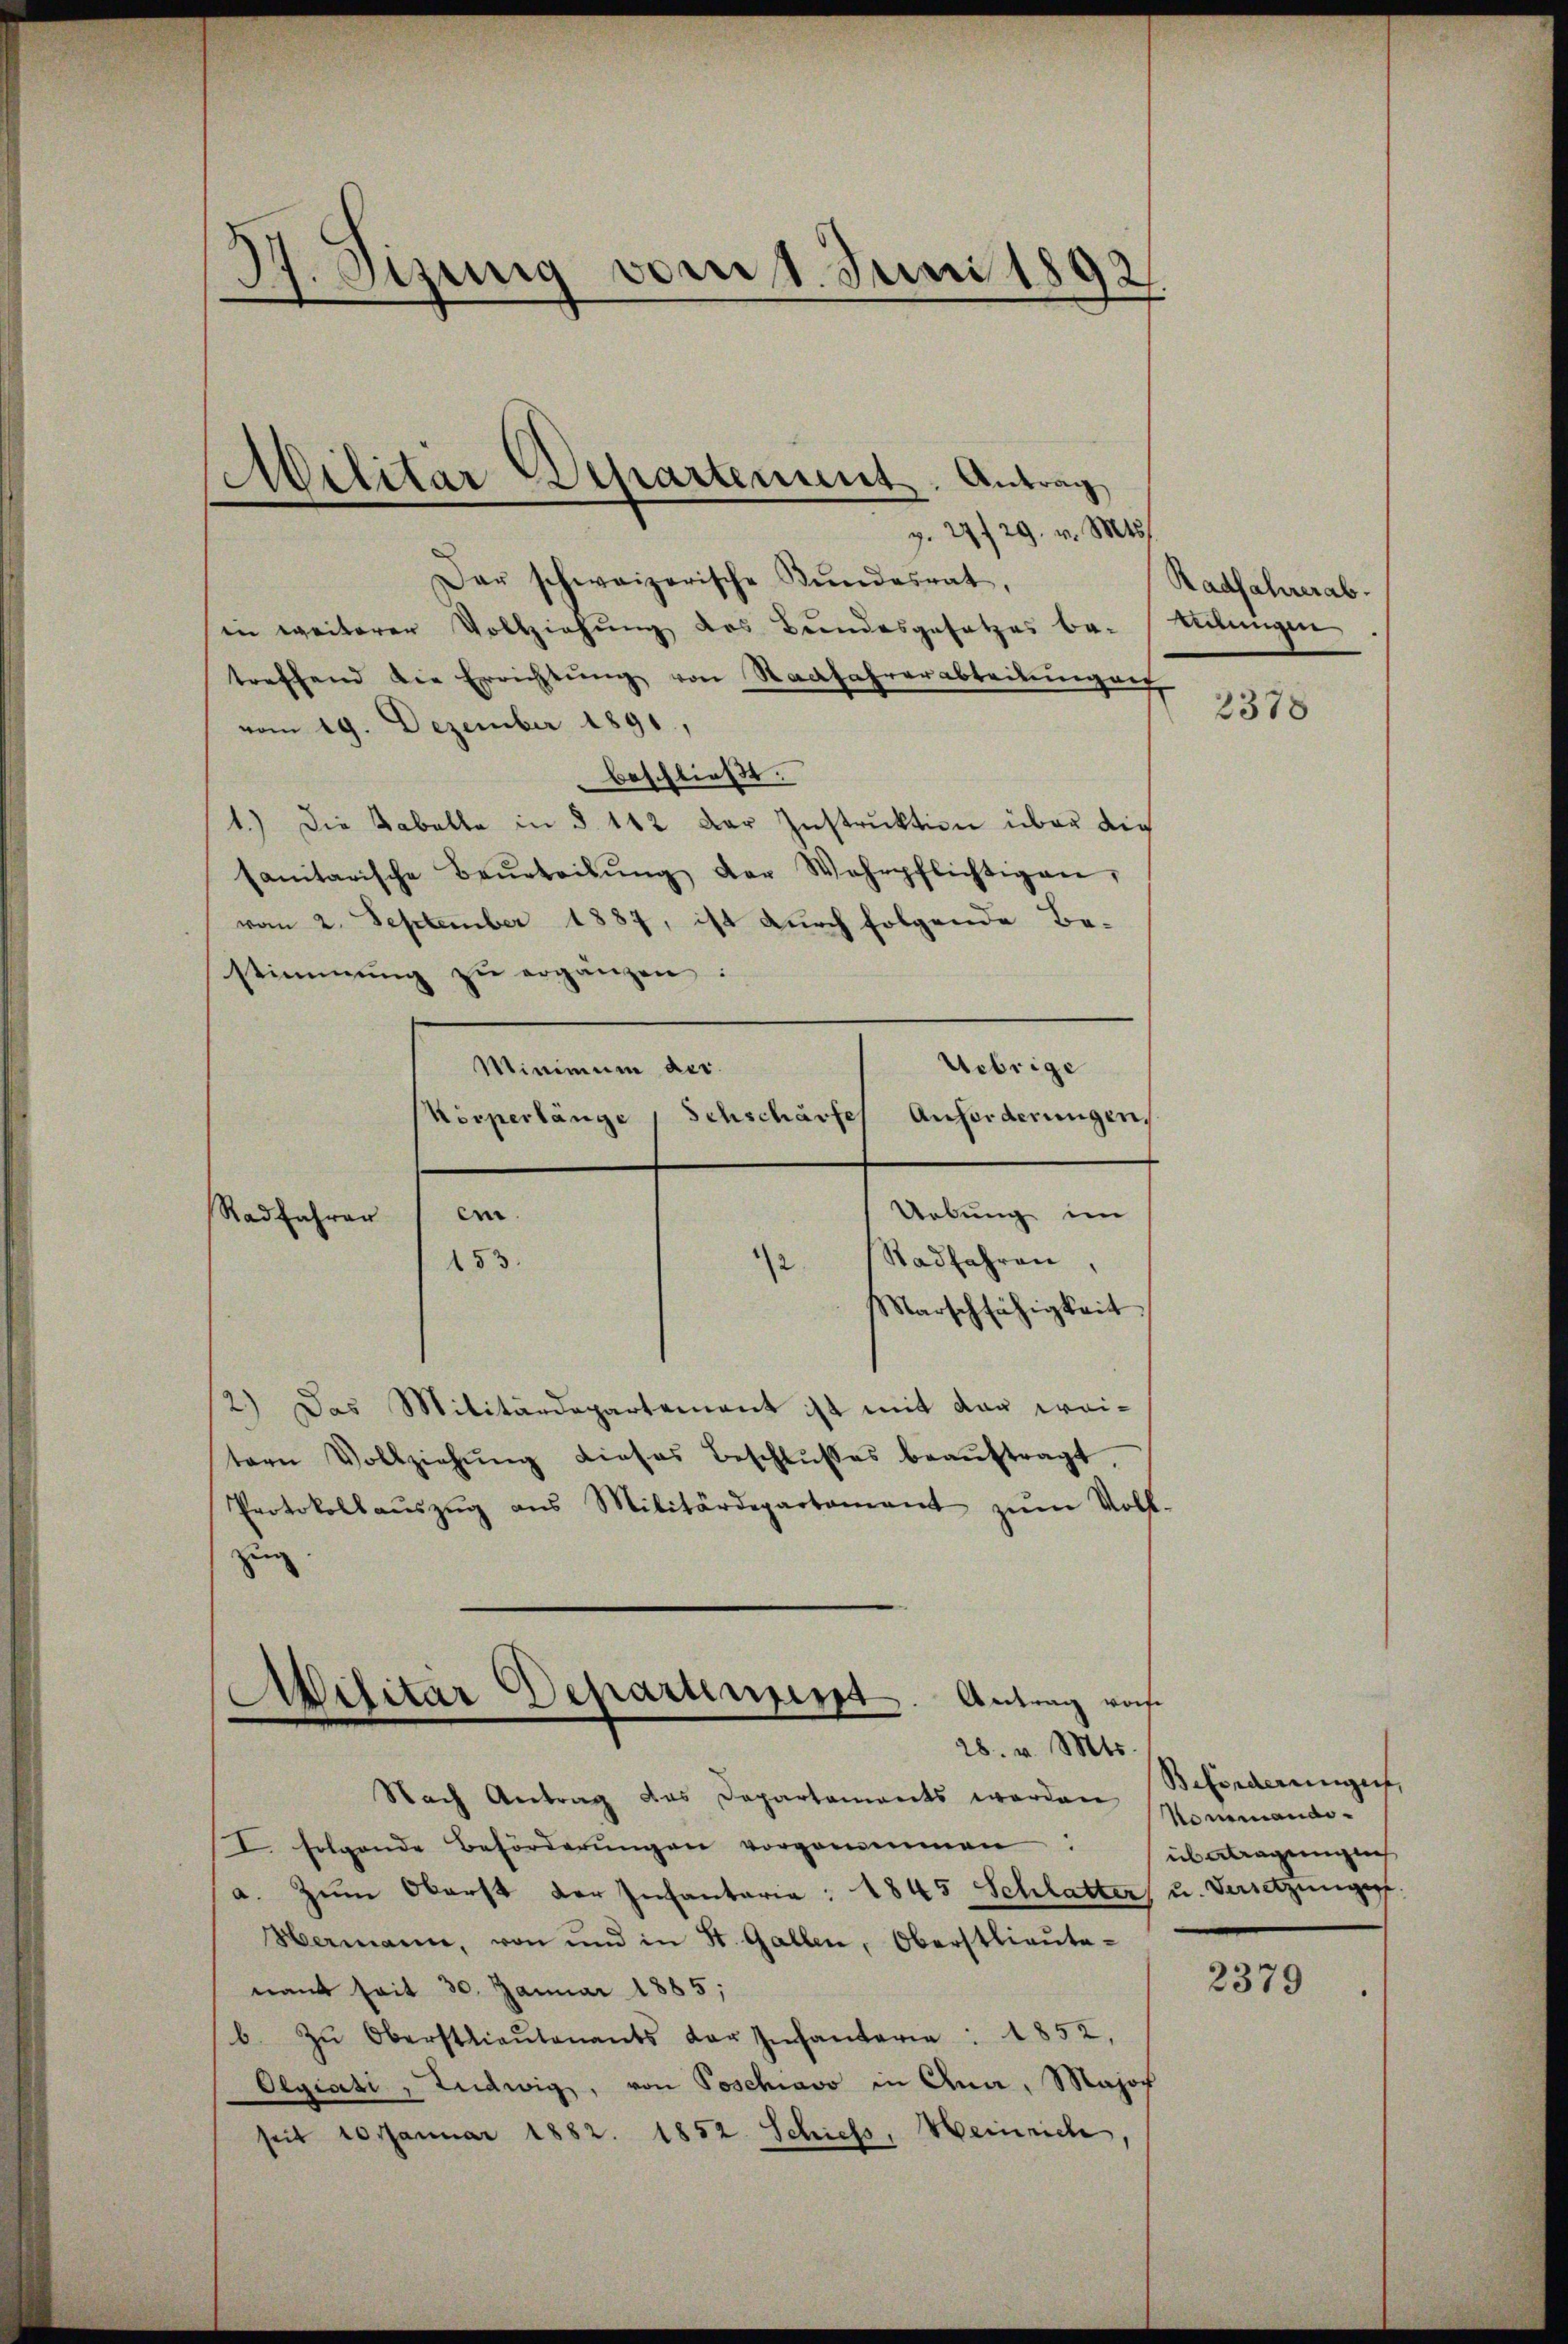
)
37. Jung vom 1. Juni 1892

Militär Departement. Antrag

p. 29 f 29. v. Mts.
Der schweizerische Kŭndesrat,
in weiterer Vollziehung des Bundesgesetzes be-
treffend die Errichtŭng von Stadfahrerabteilungent
vom 19. Dezember 1891,
beschließt:
1.) Die Tabelle in § 112 der Instruktion über die
sanitarische Beurteilŭng der Wehrpflichtigen,
vom 2. September 1887, ist durch folgende Be-
stimmung zu ergänzen:
Uebrige
Minimum der
Schscharfes Anforderungen,
Körperlänge
Uebung im
Stadfahren,
153.
12
Marschfähigkeit,
2.) Das Militärdepartement ist mit der weitern Vollziehŭng dieses Beschlŭβes beaŭftragt,
Protokollaŭszŭg aŭs Militärdepartament zŭm Voll
zug.
28. v. Mts.
Nach Antrag das Departements werden
I folgende Beförderŭngen vorgenommen:
a. Zum Oberst der Infantaria: 1845 Schlatter, u. Versetzungsf
Hermann, von und in St. Gallen, Oberstlieute-
nant seit 30. Januar 1885;
b. zŭ Oberstlieutenants der Infantaria : 1852,
Oegiati, Ludwig, von Poschiavo in Ana, Major
seit 10 Januar 1882. 1852. Schiess, Meinrich,

e.

Militar Departinuirt. Antrag von

Radfahrer ab.
mungen,

2378

Beförderungen,
Kommandiübetragunge

2379